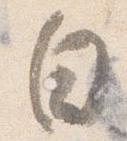
白